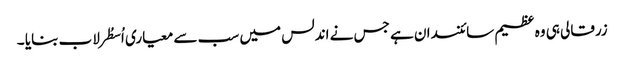
زرقالی ہی وہ عظیم سائنسدان ہے جس نے اندلس میں سب سے معیاری اُسطُرلاب بنایا ۔